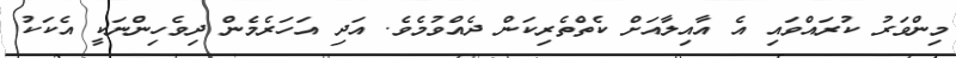
މިންވަރު ކުރައްވައި އެ އާއިލާއަށް ކެތްތެރިކަން ދެއްވުމެވެ. އަދި އަހަރެމެން ދިވެހިންނަކީ އެކަކު